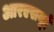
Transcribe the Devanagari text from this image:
आरएसयूई